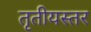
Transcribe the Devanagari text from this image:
तृतीयस्तर